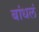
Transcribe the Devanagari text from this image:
बांधलं